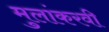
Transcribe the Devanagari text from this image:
मुलांकरवी